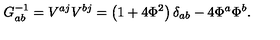
G _ { a b } ^ { - 1 } = V ^ { a j } V ^ { b j } = \left( 1 + 4 \Phi ^ { 2 } \right) \delta _ { a b } - 4 \Phi ^ { a } \Phi ^ { b } .